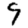
Digit: 9